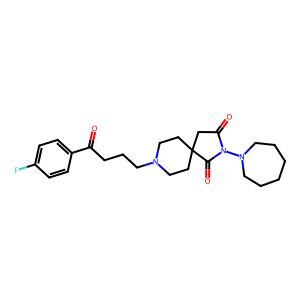
SMILES: O=C(CCCN1CCC2(CC1)CC(=O)N(N1CCCCCC1)C2=O)c1ccc(F)cc1
Inhibits HIV replication: No